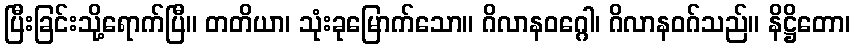
ပြီးခြင်းသို့ရောက်ပြီ။ တတိယာ၊ သုံးခုမြောက်သော။ ဂိလာနဝဂ္ဂေါ၊ ဂိလာနဝဂ်သည်။ နိဋ္ဌိတော၊